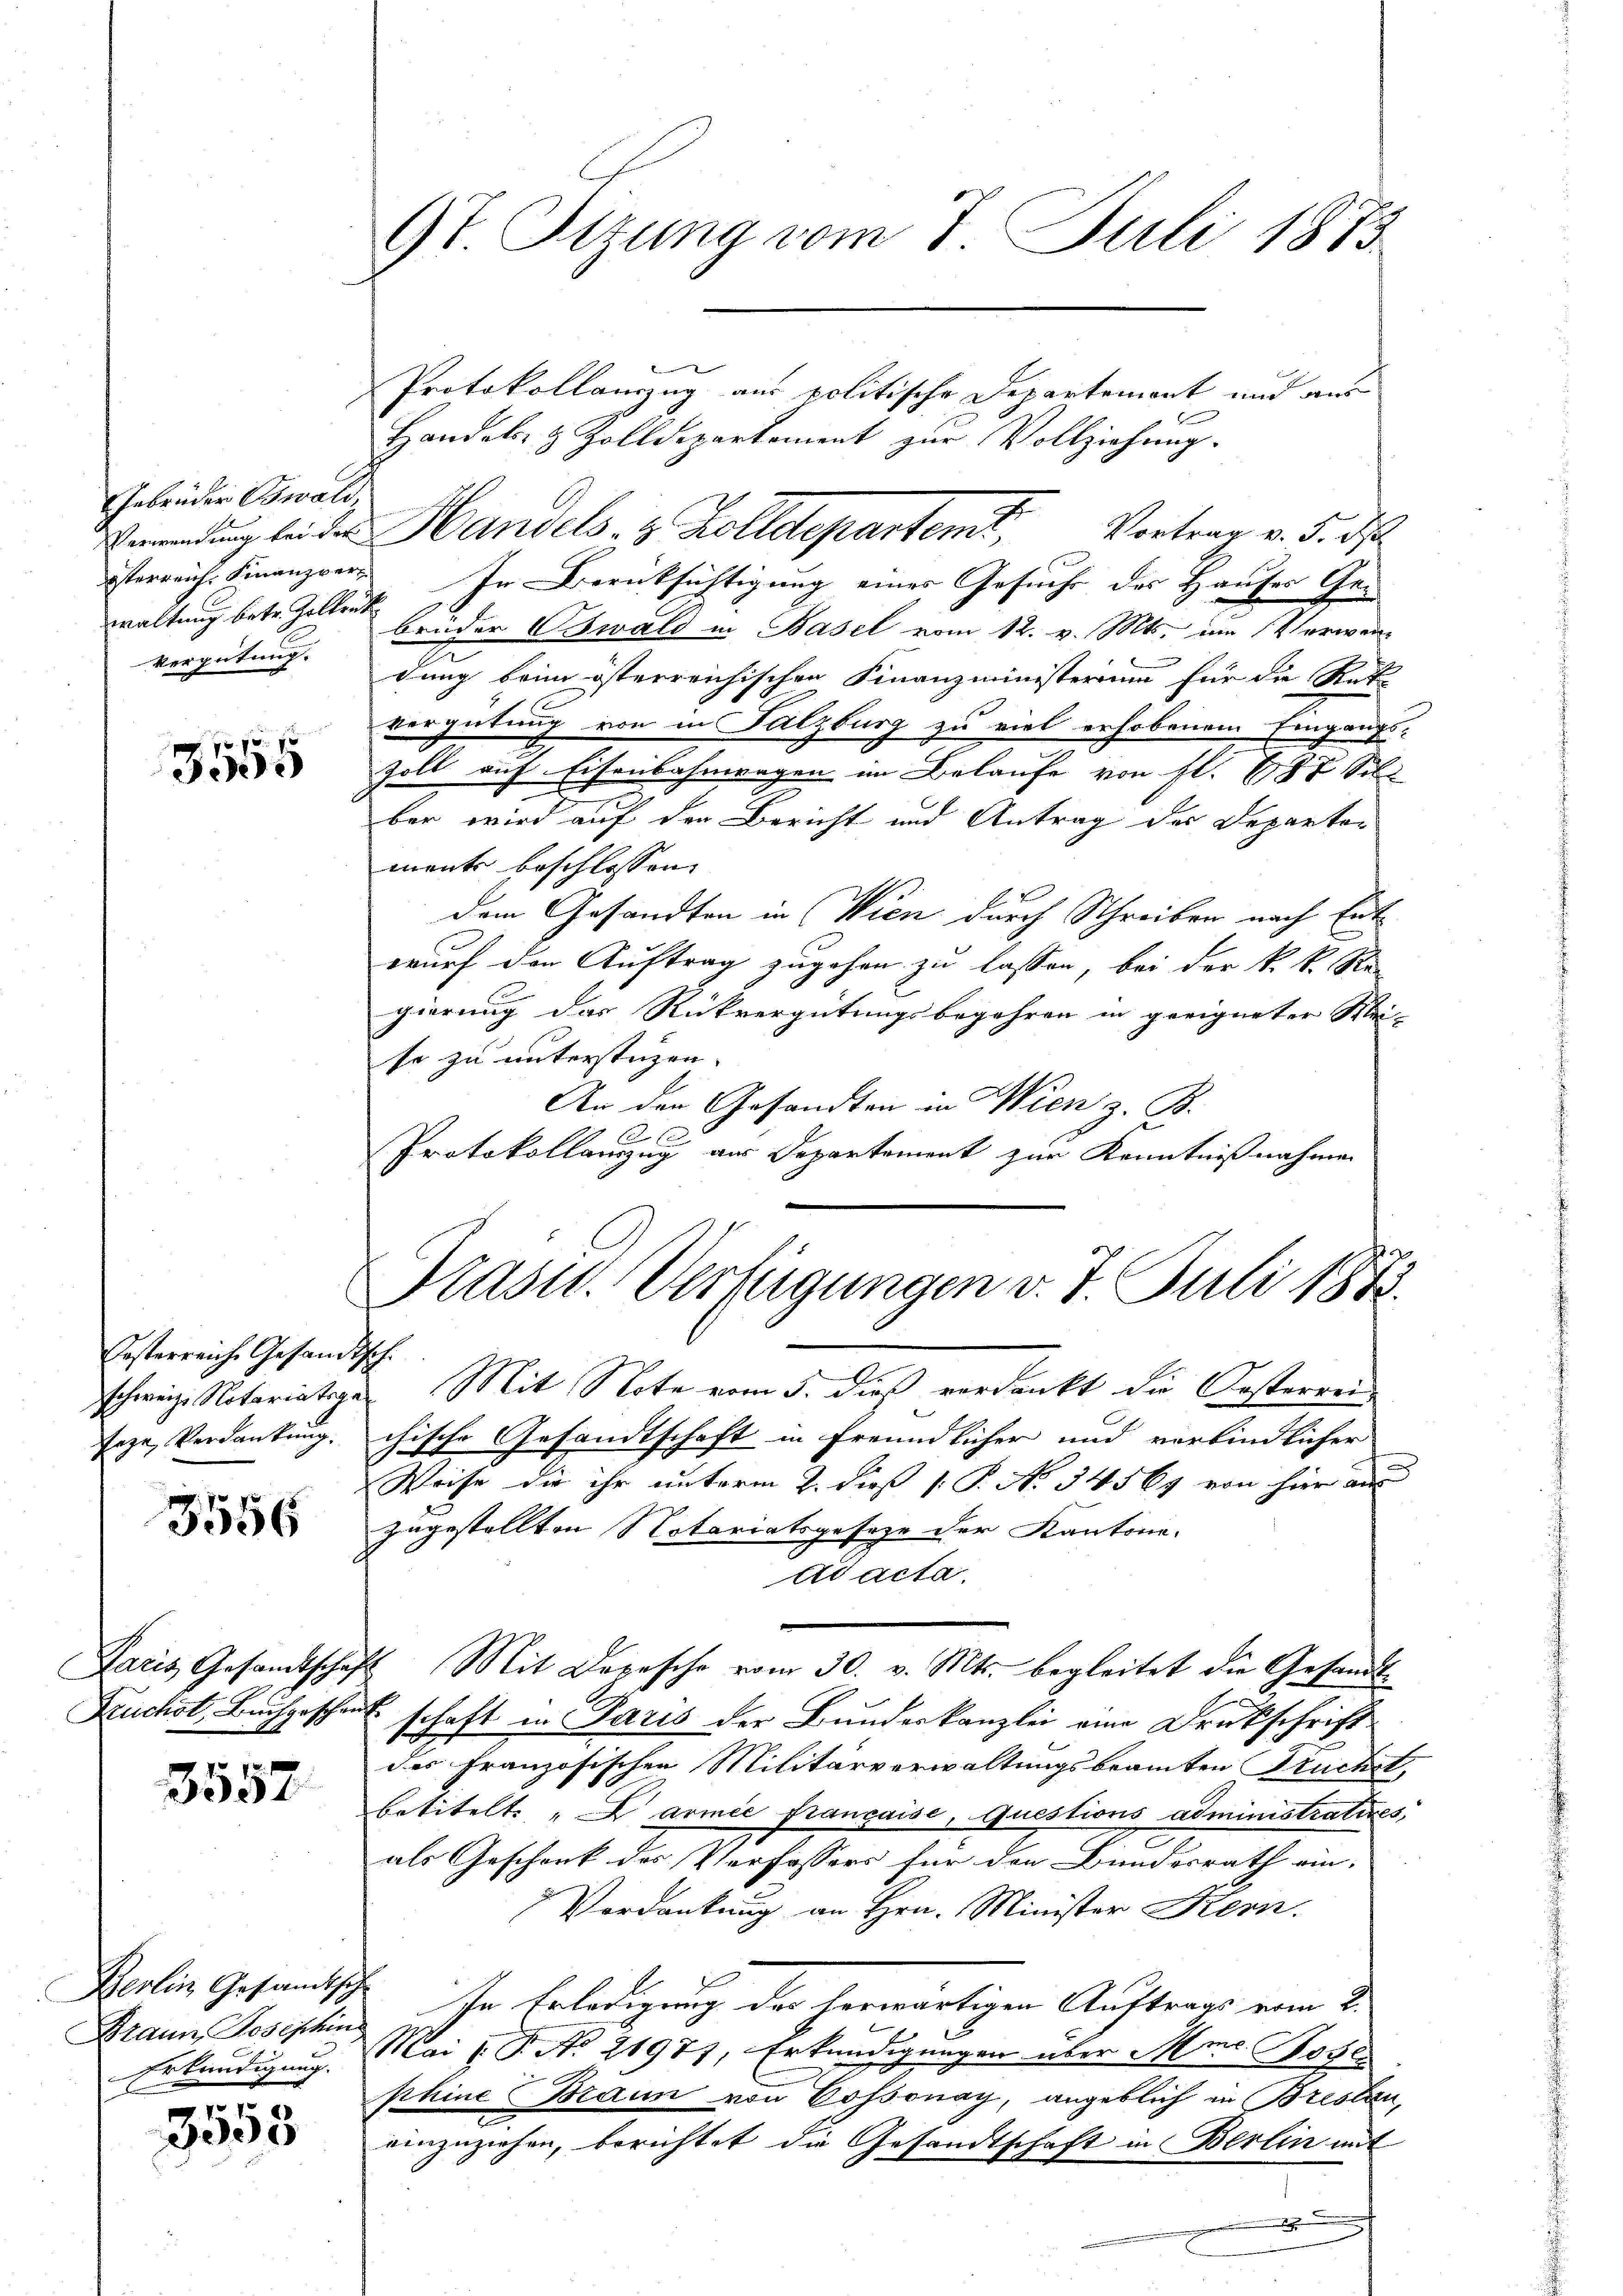
Gebrüder Oswald
waltung betr. Zollruk
Vergütung.

pf f
3300

Ersterreiche Gesandt
schweize Notariatsgeaze, Verdankung.

3556

Paris Gesandtschaft
Fruchst. Buchgeschent

3557

Berlin Gesandtsch
Braun Josephin
Erkundigung.

3553

9t. Tizung vom 7. Juli 1873

Protokollamzug aus politische Departement und aus
Handels- & Zolldepartement zur Vollziehung.
Berwendung bei der Handels- & Zolldepartent, Vortrag v. 5. ds
brüder Oswald in Basel vom 12. v. Mts. um Verwen-
dung beim österreichischen Finanzministerium für die Rat-
vergütung von in Falzburg zu viel erhobenem Eingangs-
zoll auf Eisenbahnwagen im Belaufe von fl. 1787 Sel
ber wird auf den Bericht und Antrag des Departor
ments beschlossen. |
dem Gesandten in Wien durch Schreiben nach Entwurf den Auftrag zugehen zu lassen, bei der k. k. Ste
gierung das Rückvergütungsbegehren in geeigneter Klei-
se zu unterstüzen. |
An den Gesandten in Wien z. B.
6 x
Protokollamzug aus Departement zur Kenntnißnahmen

österreich. Finanzvers. In Berücksichtigung eines Gesuche des Hauses Ge¬

Präsid. Verfügungen v. 7. Juli 1882.
h.

Mit Note vom 5. dieß verdankt die Oesterreis
chische Gesandtschaft in freundlicher und verbindlicher
Weise die ihr unterm 2. dieß [ P. No 34569 von hier aus
zugestellten Notariatsgesetze der Kantone.
Adacta.
2. Mit Depesche vom 30. v. Mts. begleitet die Gesandt-
“ schaft in Paris der Bundeskanzlei eine Druckschrift
des Französischen Militärverwaltungsbeamten Fruchst,
betitelt: "Darmie française, Questions administratives,
als Geschenk des Verfassers für den Bundesrath ein-
Verdankung an Hrn. Minister Kern.
In Erledigung der herwärtigen Auftrags vom 2.
Mai l. P. Nr. 2197), Erkundigungen über Ims Boten
phine Braun von Cossonay, angeblich in Breslau,
einzuziehen, berichtet die Gesandtschaft in Berlin mit
.